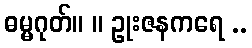
ဓမ္မဂုတ်။ ။ ဥုးဇနကရေ ..